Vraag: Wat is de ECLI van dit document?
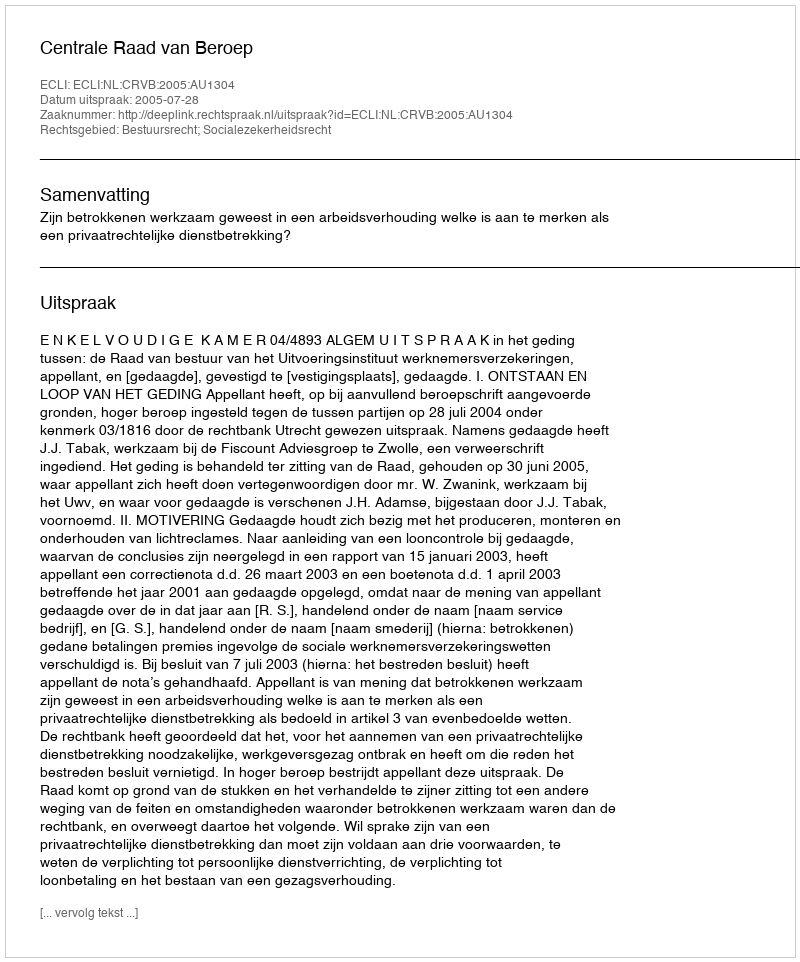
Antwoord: ECLI:NL:CRVB:2005:AU1304